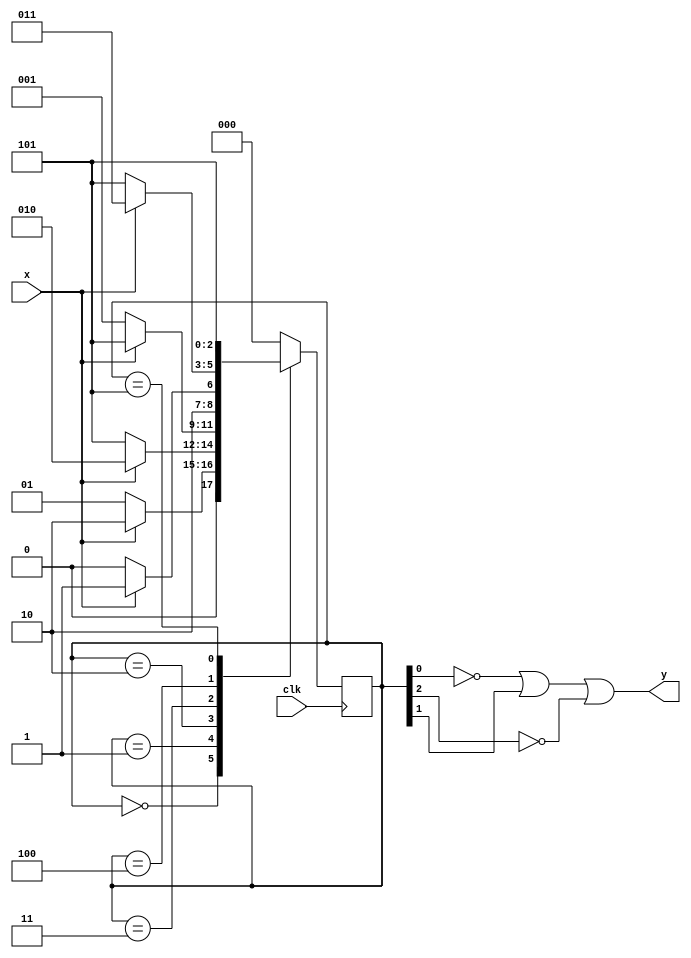
module fsm(clk, x, y);
input clk, x;
output wire y;
reg [2:0] state;

parameter [2:0] start = 3'b000, s0 = 3'b001, s1 = 3'b010, t1 = 3'b100, t0 = 3'b011, reject = 3'b101;

always @ (posedge clk)
case (state)
start: if(x==0) state<=s0; 
else state<=s1;
s0: if(x==1) state<=s1; 
else state<=reject;
s1: if(x==0) state<=s0; 
else state<=reject;
t0: if(x==0) state<=t1; 
else state<=reject;
t1: if(x==0) state<=reject; 
else state<=t0;
reject: state<=reject;
default: state<=start;
endcase

assign y = ~state[0]|state[1]|~state[2];

endmodule